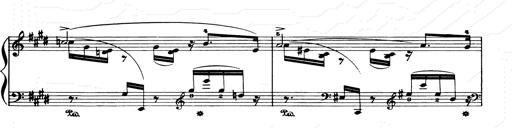
Title: Consolations and LiebestrÃ¤ume for the Piano
Composer: Franz Liszt